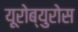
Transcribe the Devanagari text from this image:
यूरोब्युरोस